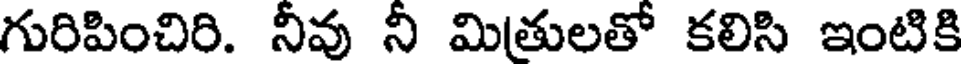
గురిపించిరి. నీవు నీ మితులతో కలిసి ఇంటికి